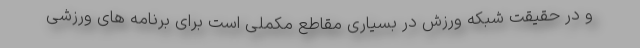
و در حقیقت شبکه ورزش در بسیاری مقاطع مکملی است برای برنامه های ورزشی